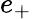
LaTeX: e_{+}